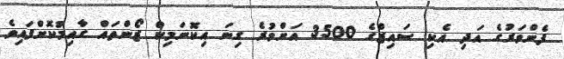
ފެންވަރުގެ އަދި އެކި ސައިޒްގެ 3500 އަށްވުރެ ގިނަ އިކޮނަމިކް ޒޯންތައް ގާއިމުކޮށްފައިވެ